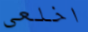
اخلعي